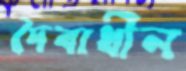
দৈবাধীন